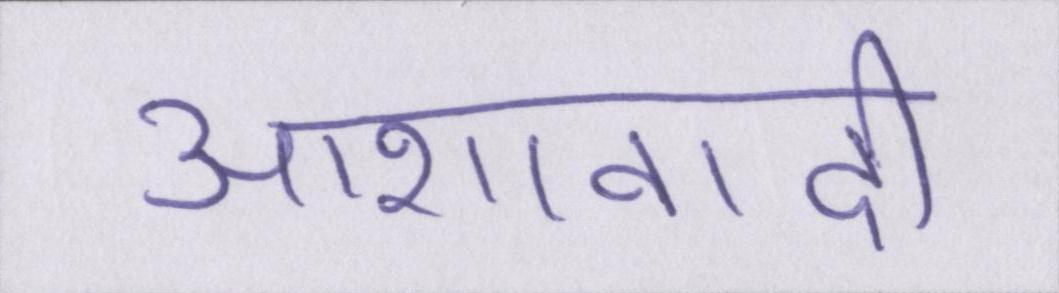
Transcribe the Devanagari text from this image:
आशावादी